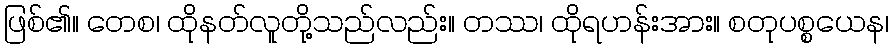
ဖြစ်၏။ တေစ၊ ထိုနတ်လူတို့သည်လည်း။ တဿ၊ ထိုရဟန်းအား။ စတုပစ္စယေန၊